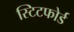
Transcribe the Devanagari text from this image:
स्टिटफोर्ड